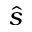
\hat { s }